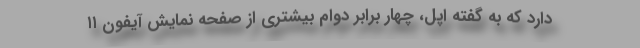
دارد که به گفته اپل، چهار برابر دوام بیشتری از صفحه نمایش آیفون ۱۱